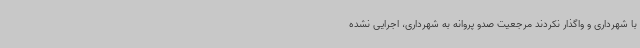
با شهرداری و واگذار نکردند مرجعیت صدو پروانه به شهرداری، اجرایی نشده